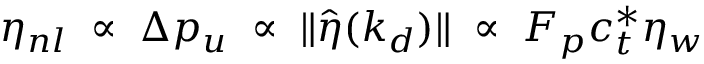
\eta _ { n l } \; \propto \; \Delta p _ { u } \; \propto \; \Vert \hat { \eta } ( k _ { d } ) \Vert \; \propto \; F _ { p } c _ { t } ^ { \ast } \eta _ { w }